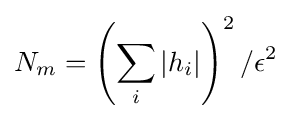
N_{m}=\left(\sum _{i}|h_{i}|\right)^{2}/\epsilon ^{2}